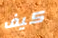
كيف